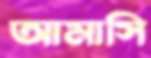
আমাসি